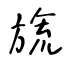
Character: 旒